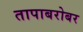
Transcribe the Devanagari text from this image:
तापाबरोबर